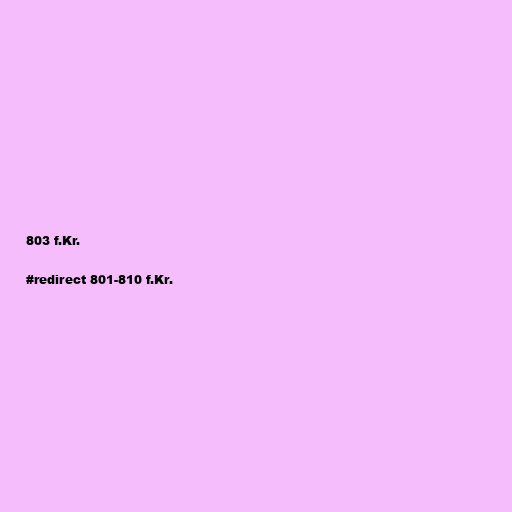
803 f.Kr.

#redirect 801-810 f.Kr.